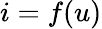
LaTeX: i=f(u)